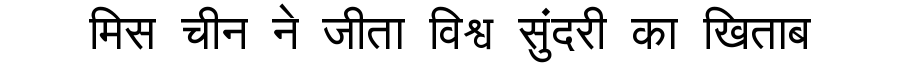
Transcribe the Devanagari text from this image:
मिस चीन ने जीता विश्व सुंदरी का खिताब